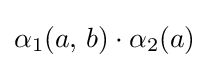
\alpha _{1}(a,\,b)\cdot \alpha _{2}(a)